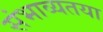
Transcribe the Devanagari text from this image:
संभाव्यतया